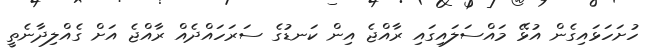
ހުށަހަޅައިގެން އުޅޭ މައްސަލައިގައި ރާއްޖެ އިން ކަނޑުގެ ސަރަހައްދެއް ރާއްޖެ އަށް ގެއްލިދާނެތީ